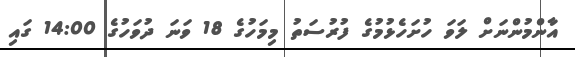
އާންމުންނަށް ލަވަ ހުށަހެޅުމުގެ ފުރުސަތު މިމަހުގެ 18 ވަނަ ދުވަހުގެ 14:00 ގައި